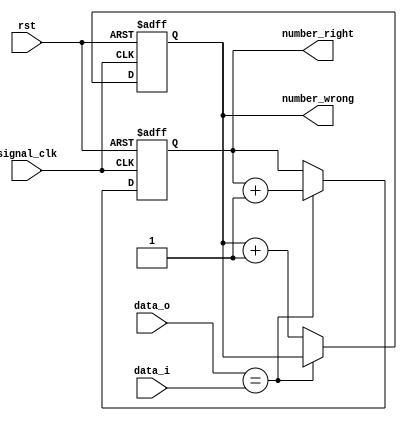
`timescale 1ns / 1ps
//////////////////////////////////////////////////////////////////////////////////
// Company: 
// Engineer: 
// 
// Design Name: 
// Module Name: error_counter
// Project Name: 
// Target Devices: 
// Tool Versions: 
// Description: 
// 
// Dependencies: 
// 
// Revision:
// Revision 0.01 - File Created
// Additional Comments:
// 
//////////////////////////////////////////////////////////////////////////////////


module error_counter #(parameter width = 12)(
    input wire data_i,
    input wire data_o,
    input wire rst,
    input wire signal_clk,
    output reg [width:0] number_right,
    output reg [width:0] number_wrong
    );
    
    reg [width:0] number_total;
    
    always @ (posedge rst, posedge signal_clk) begin
        if (rst) begin
            number_right <= 0;
            number_wrong <= 0;
            number_total <= 0;
        end else begin
            number_total = number_total + 1;
            
            if (data_o == data_i) begin
                number_right = number_right + 1;
            end else begin 
                number_wrong = number_wrong + 1;
            end
        end
        
    end
    
endmodule